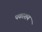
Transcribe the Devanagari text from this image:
पकाशय